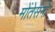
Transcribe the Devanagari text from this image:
मोंतेसनो